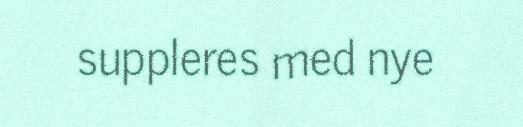
suppleres med nye